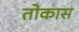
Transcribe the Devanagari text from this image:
तोकास